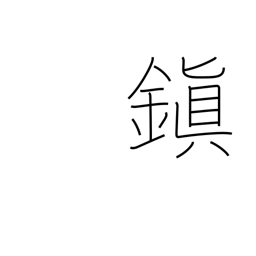
Meaning: ancient peace-preservation centers